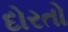
દોરતો